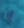
إن